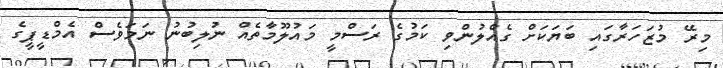
މިރޭ މުޒަހަރާގައި ބަޔަކަށް ގެއްލުންވި ކަމުގެ ރަސްމީ މައުލޫމާތެއް ނުލިބުނު ނަމަވެސް އެމްޑީޕީގެ